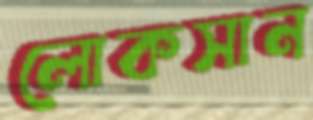
লোকসান